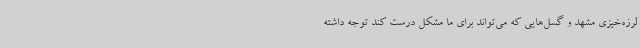
لرزه‌خیزی مشهد و گسل‌هایی که می‌تواند برای ما مشکل درست کند توجه داشته